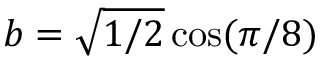
b = \sqrt { { 1 } / { 2 } } \cos ( { \pi } / { 8 } )